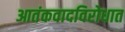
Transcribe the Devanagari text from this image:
आतंकवादविरोधात